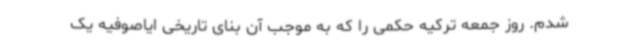
شدم. روز جمعه ترکیه حکمی را که به موجب آن بنای تاریخی ایاصوفیه یک